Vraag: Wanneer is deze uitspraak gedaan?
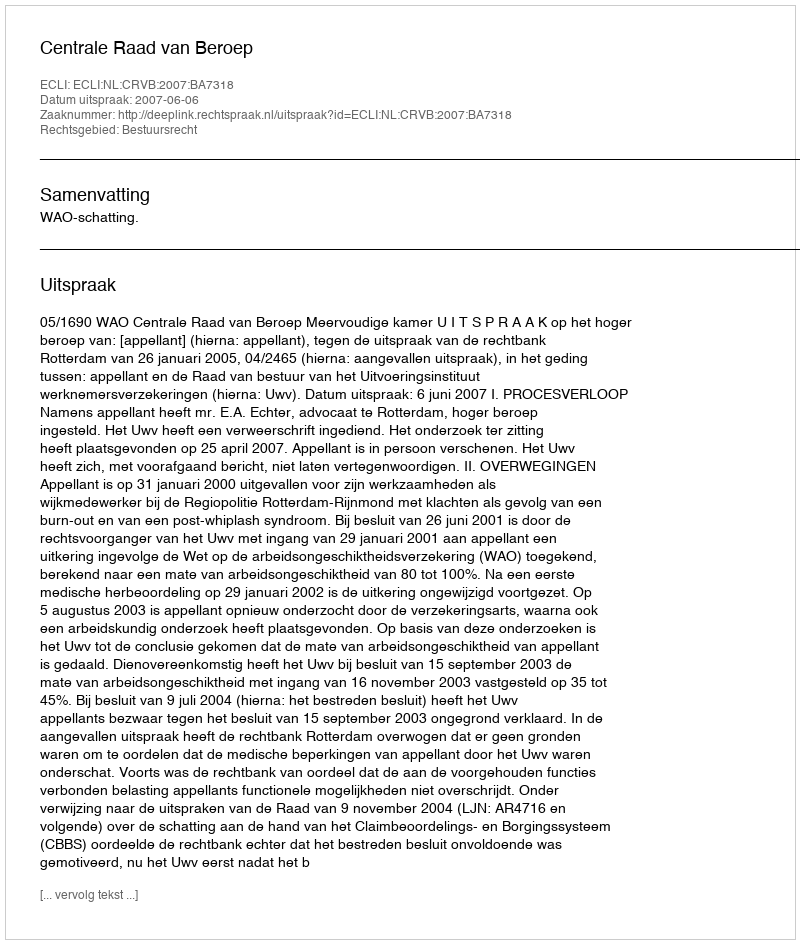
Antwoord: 2007-06-06